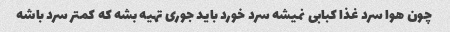
چون هوا سرد غذا کبابی نمیشه سرد خورد باید جوری تهیه بشه که کمتر سرد باشه